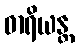
ဓာရိယန္တ